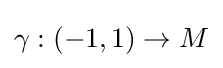
\gamma :(-1,1)\to M